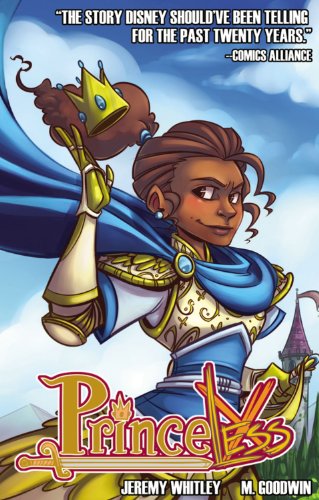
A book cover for Princeless, Vol. 1: Save Yourself; Jeremy Whitley; Children's Books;